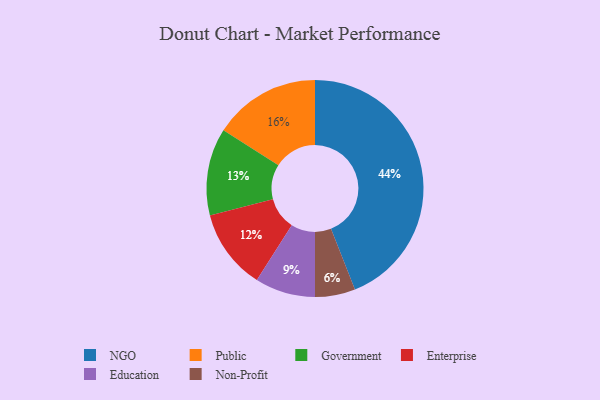
{"axis": {"x": "Category", "y": "Percentage"}, "legend": ["Education", "Enterprise", "Government", "NGO", "Non-Profit", "Public"], "data": [{"x": "Government", "y": 13, "type": "Government"}, {"x": "Public", "y": 16, "type": "Public"}, {"x": "Enterprise", "y": 12, "type": "Enterprise"}, {"x": "NGO", "y": 44, "type": "NGO"}, {"x": "Education", "y": 9, "type": "Education"}, {"x": "Non-Profit", "y": 6, "type": "Non-Profit"}]}